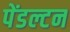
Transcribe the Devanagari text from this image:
पेंडल्टन